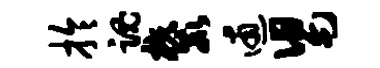
拎魂麓逋舄